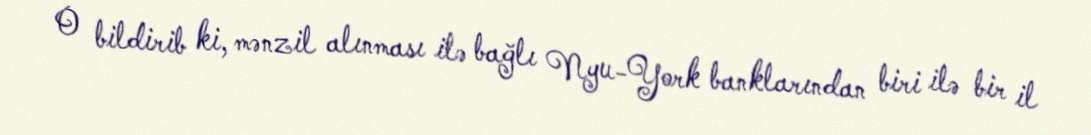
O bildirib ki, mənzil alınması ilə bağlı Nyu-York banklarından biri ilə bir il